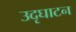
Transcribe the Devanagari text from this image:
उदृघाटन